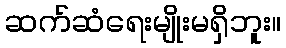
ဆက်ဆံရေးမျိုးမရှိဘူး။